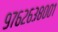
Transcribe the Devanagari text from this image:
९७६२६३८००१